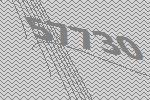
57730